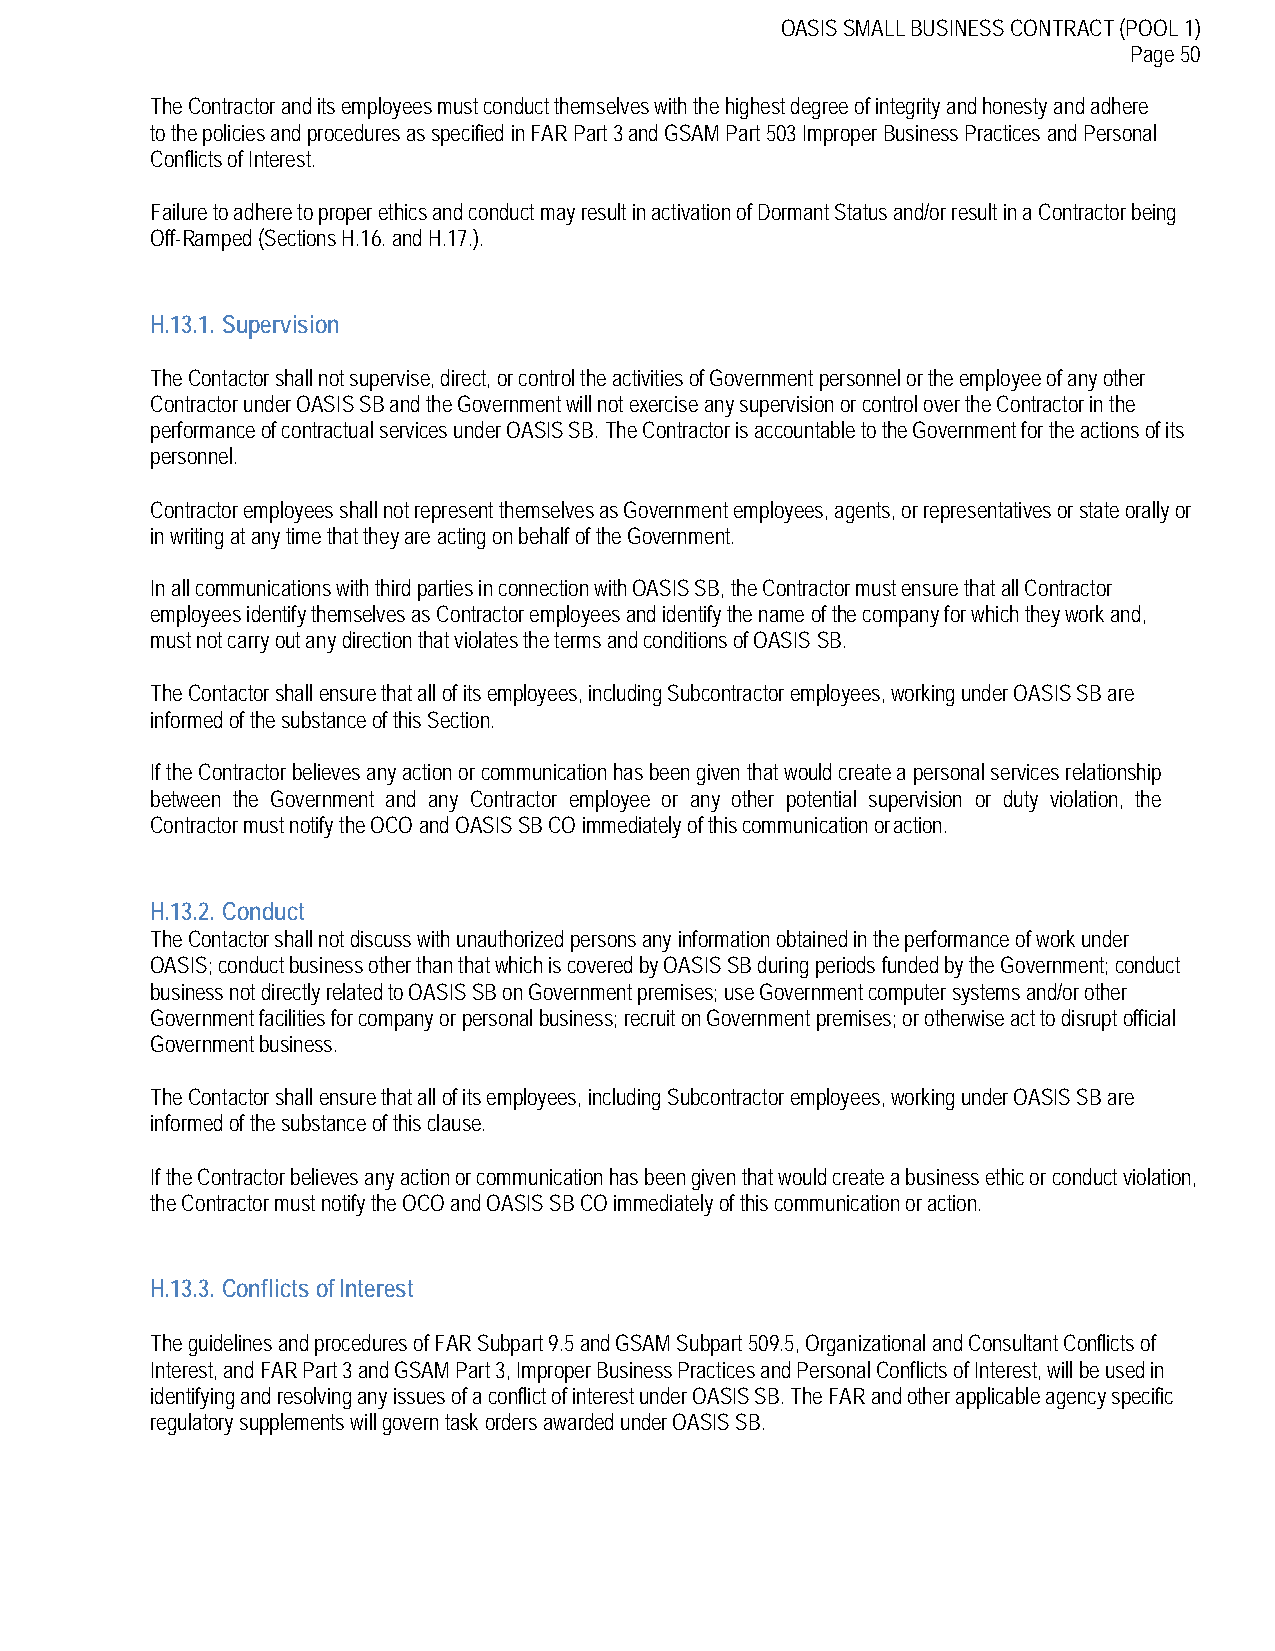
OASIS SMALL BUSINESS CONTRACT (POOL 1)
 Page 50
 The Contractor and its employees must conduct themselves with the highest degree of integrity and honesty and adhere
 to the policies and procedures as specified in FAR Part 3 and GSAM Part 503 Improper Business Practices and Personal
 Conflicts of Interest.
 Failure to adhere to proper ethics and conduct may result in activation of Dormant Status and/or result in a Contractor being
 Off-Ramped (Sections H.16. and H.17.).
 H.13.1. Supervision
 The Contactor shall not supervise, direct, or control the activities of Government personnel or the employee of any other
 Contractor under OASIS SB and the Government will not exercise any supervision or control over the Contractor in the
 performance of contractual services under OASIS SB. The Contractor is accountable to the Government for the actions of its
 personnel.
 Contractor employees shall not represent themselves as Government employees, agents, or representatives or state orally or
 in writing at any time that they are acting on behalf of the Government.
 In all communications with third parties in connection with OASIS SB, the Contractor must ensure that all Contractor
 employees identify themselves as Contractor employees and identify the name of the company for which they work and,
 must not carry out any direction that violates the terms and conditions of OASIS SB.
 The Contactor shall ensure that all of its employees, including Subcontractor employees, working under OASIS SB are
 informed of the substance of this Section.
 If the Contractor believes any action or communication has been given that would create a personal services relationship
 between the Government and any Contractor employee or any other potential supervision or duty violation, the
 Contractor must notify the OCO and OASIS SB CO immediately of this communication or action.
 H.13.2. Conduct
 The Contactor shall not discuss with unauthorized persons any information obtained in the performance of work under
 OASIS; conduct business other than that which is covered by OASIS SB during periods funded by the Government; conduct
 business not directly related to OASIS SB on Government premises; use Government computer systems and/or other
 Government facilities for company or personal business; recruit on Government premises; or otherwise act to disrupt official
 Government business.
 The Contactor shall ensure that all of its employees, including Subcontractor employees, working under OASIS SB are
 informed of the substance of this clause.
 If the Contractor believes any action or communication has been given that would create a business ethic or conduct violation,
 the Contractor must notify the OCO and OASIS SB CO immediately of this communication or action.
 H.13.3. Conflicts of Interest
 The guidelines and procedures of FAR Subpart 9.5 and GSAM Subpart 509.5, Organizational and Consultant Conflicts of
 Interest, and FAR Part 3 and GSAM Part 3, Improper Business Practices and Personal Conflicts of Interest, will be used in
 identifying and resolving any issues of a conflict of interest under OASIS SB. The FAR and other applicable agency specific
 regulatory supplements will govern task orders awarded under OASIS SB.